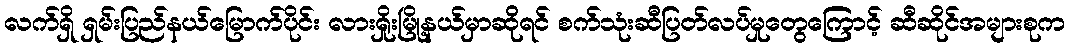
လက်ရှိ ရှမ်းပြည်နယ်မြောက်ပိုင်း လားရှိုးမြို့နယ်မှာဆိုရင် စက်သုံးဆီပြတ်လပ်မှုတွေကြောင့် ဆီဆိုင်အများစုက